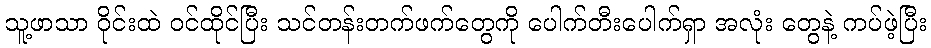
သူ့ဖာသာ ဝိုင်းထဲ ဝင်ထိုင်ပြီး သင်တန်းတက်ဖက်တွေကို ပေါက်တီးပေါက်ရှာ အလုံး တွေနဲ့ ကပ်ဖဲ့ပြီး